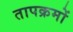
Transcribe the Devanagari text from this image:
तापक्रमों